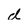
Character: d